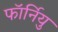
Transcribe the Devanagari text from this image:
फॉर्नियु